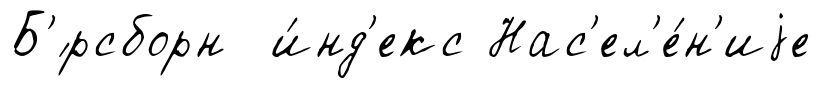
Б'́рсборн и́нд'екс Нас'ел'е́н'иjе